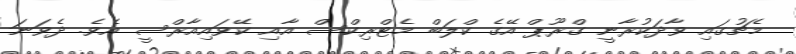
މެޗުގައި ވާދަކުރާނީ ގްރޫޕް އޭގެ ކްލަބް މެޓްރިކްސް އާއި ކޭވައިއާރްސީ އެވެ. ދެވަނަ